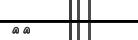
١٥